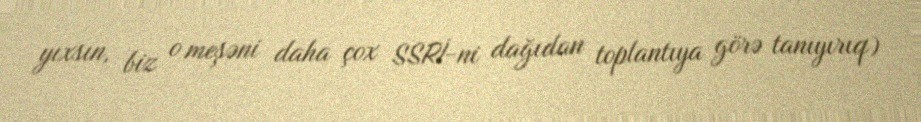
yıxsın, biz o meşəni daha çox SSRİ-ni dağıdan toplantıya görə tanıyırıq)